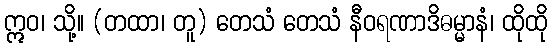
ဣဝ၊ သို့။ (တထာ၊ တူ) တေသံ တေသံ နီဝရဏာဒိဓမ္မာနံ၊ ထိုထို